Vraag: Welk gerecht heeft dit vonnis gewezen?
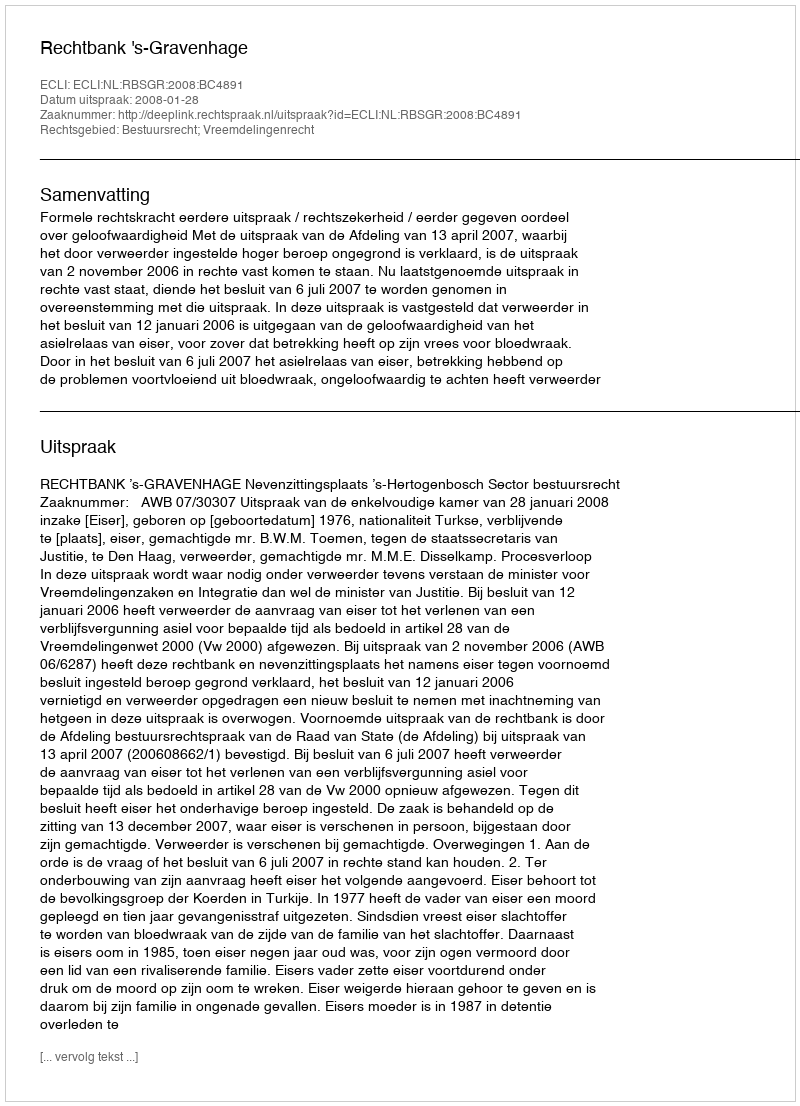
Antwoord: Rechtbank 's-Gravenhage